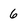
Character: 6